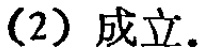
(2) 成立.